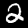
Digit: 2